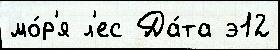
мо́р'я л'ес Да́та э12